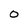
Character: O